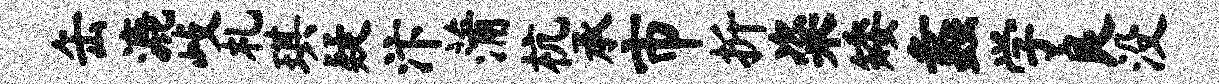
缶漉歧札琪疑汴蒲杭承市折粢矮蠡学良没